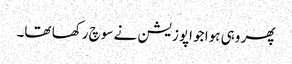
پھر وہی ہوا جو اپوزیشن نے سوچ رکھا تھا۔